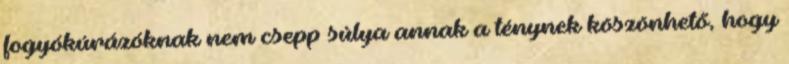
fogyókúrázóknak nem csepp súlya annak a ténynek köszönhető, hogy